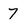
Character: 7